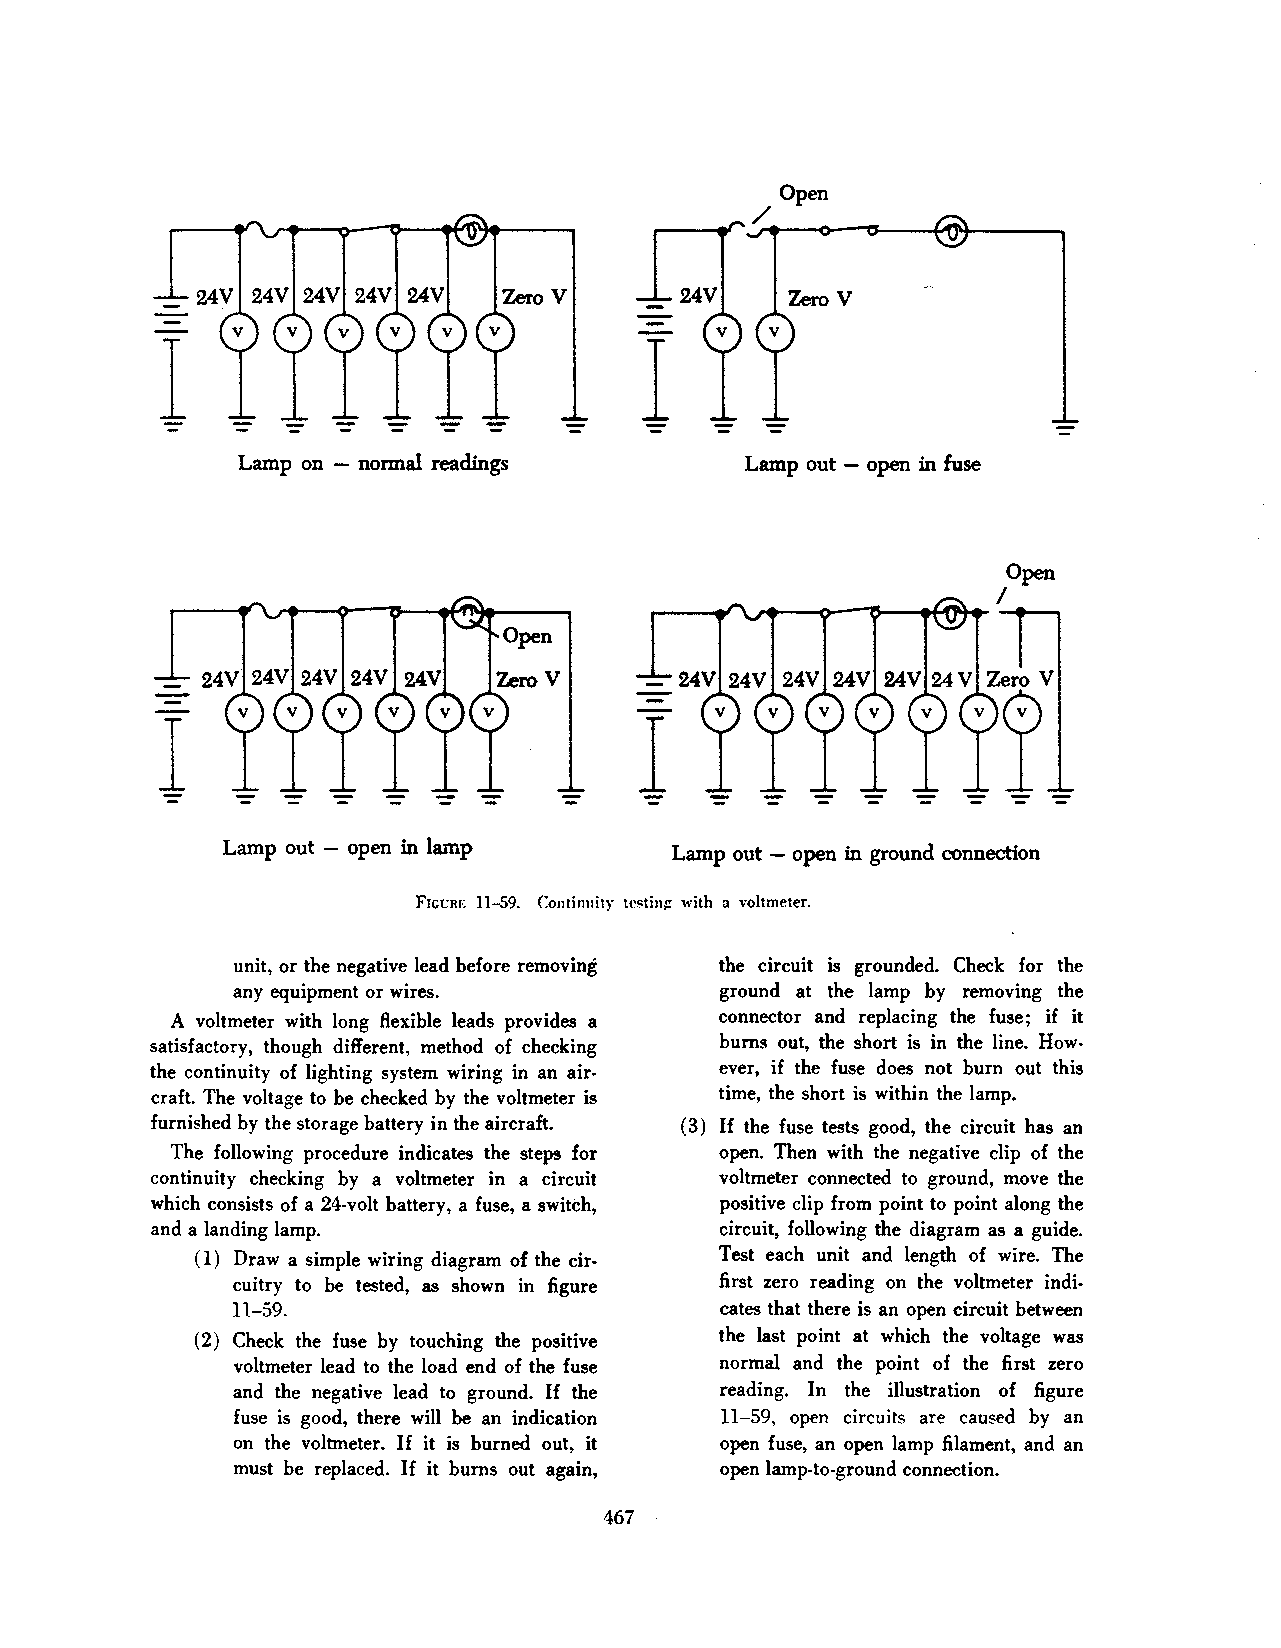
I                               I
 Lamp on - normal readings        Lamp out - open in fuse
 l                               I
 Lamp out - open in lamp      Lamp out - open in ground connection
 Frct:RF. 11-59. Continuity tcstin~ with a voltmeter.
 unit, or the negative lead before removing the circuit is grounded. Check for the
 any equipment or wires.          ground at the lamp by removing the
 A voltmeter with long flexible leads provides a connector and replacing the fuse; if it
 satisfactory, though different, method of checking bums out, the short is in the line. How
 the continuity of lighting system wiring in an air ever, if the fuse does not bum out this
 craft. The voltage to be checked by the voltmeter is time, the short is within the lamp.
 furnished by the storage battery in the aircraft. ( 3) If the fuse tests good, the circuit has an
 The following procedure indicates the steps for open. Then with the negative clip of the
 continuity checking by a voltmeter in a circuit voltmeter connected to ground, move the
 which consists of a 24-volt battery, a fuse, a switch, positive clip from point to point along the
 and a landing lamp.                   circuit, following the diagram as a guide.
 ( 1) Draw a simple wiring diagram of the cir Test each unit and length of wire. The
 cuitry to be tested, as shown in figure first zero reading on the voltmeter indi
 ll-59.                           cates that there is an open circuit between
 (2) Check the fuse by touching the positive the last point at which the voltage was
 voltmeter lead to the load end of the fuse normal and the point of the first zero
 and the negative lead to ground. If the reading. In the illustration of figure
 fuse is good, there will be an indication 11-59, open circuits are caused by an
 on the voltmeter. If it is burned out, it open fuse, an open lamp filament, and an
 must be replaced. If it bums out again, open lamp-to-ground connection.
 467